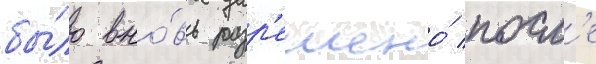
бы́ло вно́вь разр'ешено́ посл'е